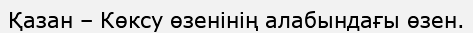
Қазан – Көксу өзенінің алабындағы өзен.